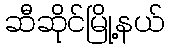
ဆီဆိုင်မြို့နယ်